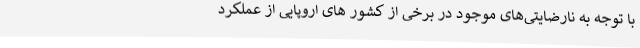
با توجه به نارضایتی‌های موجود در برخی از کشور های اروپایی از عملکرد